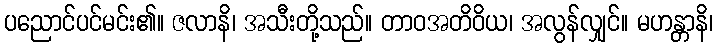
ပညောင်ပင်မင်း၏။ ဇလာနိ၊ အသီးတို့သည်။ တာဝအတိဝိယ၊ အလွန်လျှင်။ မဟန္တာနိ၊